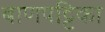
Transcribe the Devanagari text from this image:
बाणपट्टिका